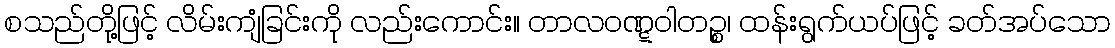
စသည်တို့ဖြင့် လိမ်းကျံခြင်းကို လည်းကောင်း။ တာလဝဏ္ဋဝါတဉ္စ၊ ထန်းရွက်ယပ်ဖြင့် ခတ်အပ်သော